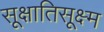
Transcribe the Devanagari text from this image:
सूक्षातिसूक्ष्म